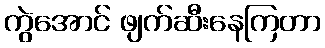
ကွဲအောင် ဖျက်ဆီးနေကြတာ